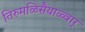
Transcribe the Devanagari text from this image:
तिरुमळिसैयाळ्वार्